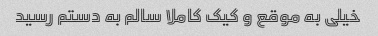
خیلی به موقع و کیک کاملا سالم به دستم رسید